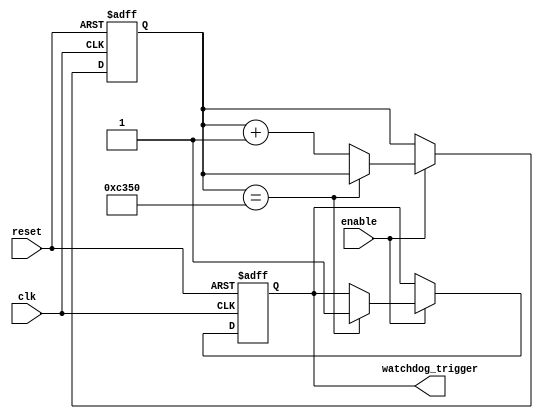
module Watchdog_Timer(
  input clk,             // Clock signal
  input reset,           // Asynchronous reset signal
  input enable,          // Enable signal to start the timer
  output reg watchdog_trigger // Reset signal triggered by watchdog timer
);

reg [31:0] timer; // 32-bit timer to count clock cycles
parameter TIMEOUT = 50000; // Timeout period for the watchdog timer

always @(posedge clk or negedge reset) begin
  if (!reset) begin
    timer <= 0; // Reset timer on asynchronous reset
    watchdog_trigger <= 0; // Reset watchdog trigger signal
  end else if (enable) begin
    if (timer == TIMEOUT) begin
      watchdog_trigger <= 1; // Trigger reset signal
    end else begin
      timer <= timer + 1; // Increment timer on each clock cycle
    end
  end
end

endmodule